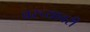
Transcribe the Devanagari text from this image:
वरच्यावरी